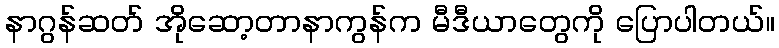
နာဂွန်ဆတ် အိုဆော့တာနာကွန်က မီဒီယာတွေကို ပြောပါတယ်။